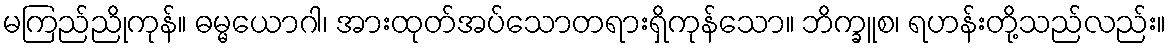
မကြည်ညိုကုန်။ ဓမ္မယောဂါ၊ အားထုတ်အပ်သောတရားရှိကုန်သော။ ဘိက္ခူစ၊ ရဟန်းတို့သည်လည်း။